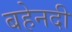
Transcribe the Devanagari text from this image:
बहेनदी